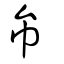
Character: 𢁔